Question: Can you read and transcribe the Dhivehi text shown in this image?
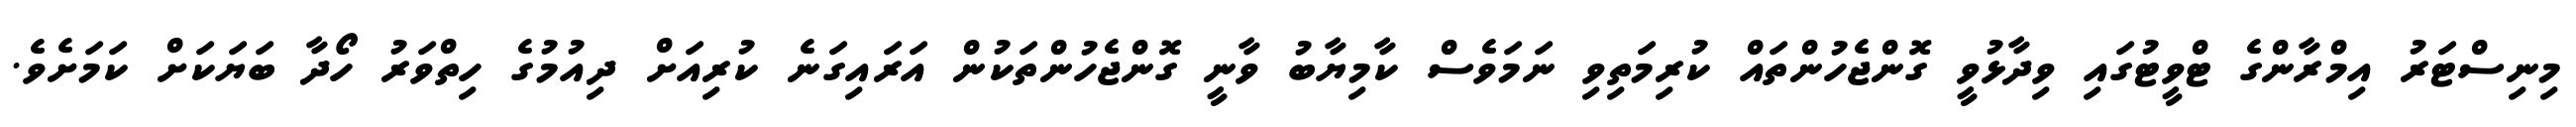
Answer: މިނިސްޓަރު އިމްރާންގެ ޓްވީޓުގައި ވިދާޅުވީ ގޮންޖެހުންތައް ކުރިމަތިވި ނަމަވެސް ކާމިޔާބު ވާނީ ގޮންޖެހުންތަކުން އަރައިގަނެ ކުރިއަށް ދިއުމުގެ ހިތްވަރު ހޯދާ ބަޔަކަށް ކަމަށެވެ.